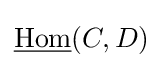
{\underline {\operatorname {Hom} }}(C,D)